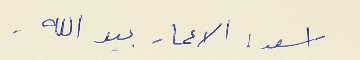
اسعد : الاعمار بيد الله .